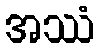
အဿံ